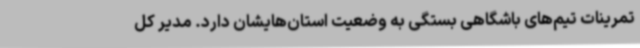
تمرینات تیم‌های باشگاهی بستگی به وضعیت استان‌هایشان دارد. مدیر کل